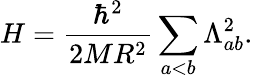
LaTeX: H=\frac{\hbar^{2}}{2MR^{2}}\sum_{a<b}\Lambda_{ab}^{2}.